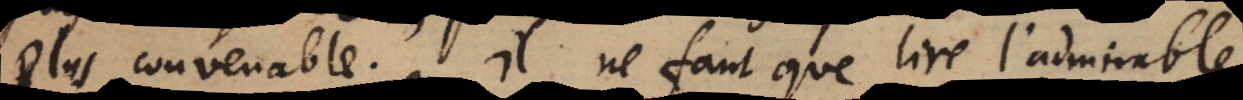
plus convenable. Il ne faut que lire l’admirabl